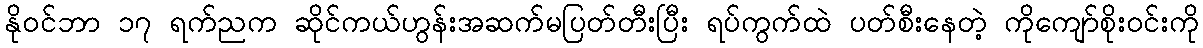
နိုဝင်ဘာ ၁၇ ရက်ညက ဆိုင်ကယ်ဟွန်းအဆက်မပြတ်တီးပြီး ရပ်ကွက်ထဲ ပတ်စီးနေတဲ့ ကိုကျော်စိုးဝင်းကို